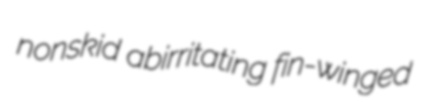
nonskid abirritating fin-winged